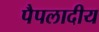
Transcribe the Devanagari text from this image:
पैपलादीय